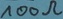
Text: 100Ω